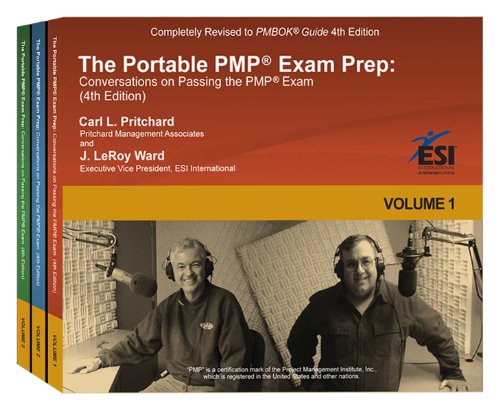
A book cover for The Portable PMPÂ® Exam Prep: Conversations on Passing the PMPÂ® Exam, Fourth Edition; J. LeRoy Ward; Test Preparation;